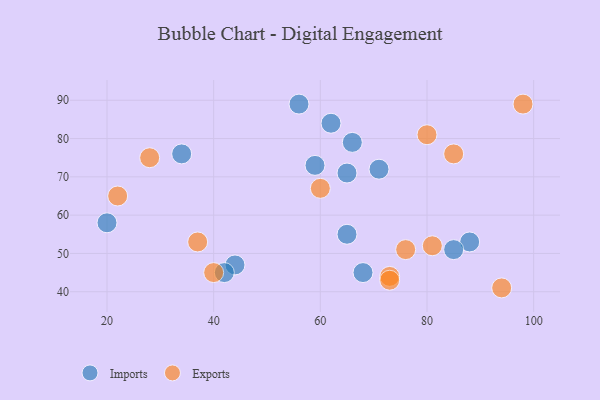
{"axis": {"x": "GDP", "y": "Life Expectancy"}, "legend": ["Exports", "Imports"], "data": [{"x": "68", "y": 45, "type": "Imports"}, {"x": "59", "y": 73, "type": "Imports"}, {"x": "65", "y": 55, "type": "Imports"}, {"x": "71", "y": 72, "type": "Imports"}, {"x": "34", "y": 76, "type": "Imports"}, {"x": "62", "y": 84, "type": "Imports"}, {"x": "65", "y": 71, "type": "Imports"}, {"x": "44", "y": 47, "type": "Imports"}, {"x": "88", "y": 53, "type": "Imports"}, {"x": "42", "y": 45, "type": "Imports"}, {"x": "20", "y": 58, "type": "Imports"}, {"x": "56", "y": 89, "type": "Imports"}, {"x": "85", "y": 51, "type": "Imports"}, {"x": "66", "y": 79, "type": "Imports"}, {"x": "73", "y": 44, "type": "Exports"}, {"x": "76", "y": 51, "type": "Exports"}, {"x": "81", "y": 52, "type": "Exports"}, {"x": "40", "y": 45, "type": "Exports"}, {"x": "28", "y": 75, "type": "Exports"}, {"x": "80", "y": 81, "type": "Exports"}, {"x": "60", "y": 67, "type": "Exports"}, {"x": "22", "y": 65, "type": "Exports"}, {"x": "98", "y": 89, "type": "Exports"}, {"x": "73", "y": 43, "type": "Exports"}, {"x": "85", "y": 76, "type": "Exports"}, {"x": "37", "y": 53, "type": "Exports"}, {"x": "94", "y": 41, "type": "Exports"}]}